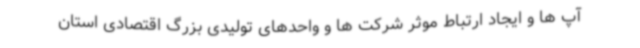
آپ ها و ایجاد ارتباط موثر شرکت ها و واحدهای تولیدی بزرگ اقتصادی استان